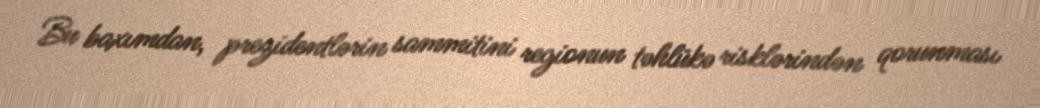
Bu baxımdan, prezidentlərin sammitini regionun təhlükə risklərindən qorunması